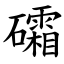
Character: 礵